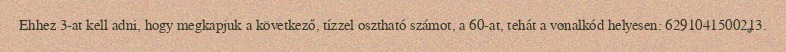
Ehhez 3-at kell adni, hogy megkapjuk a következő, tízzel osztható számot, a 60-at, tehát a vonalkód helyesen: 6291041500213.